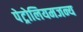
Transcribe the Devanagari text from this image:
पेट्रोलियमजन्य